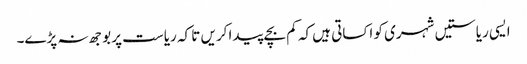
ایسی ریاستیں شہری کو اکساتی ہیں کہ کم بچے پیدا کریں تا کہ ریاست پر بوجھ نہ پڑے۔